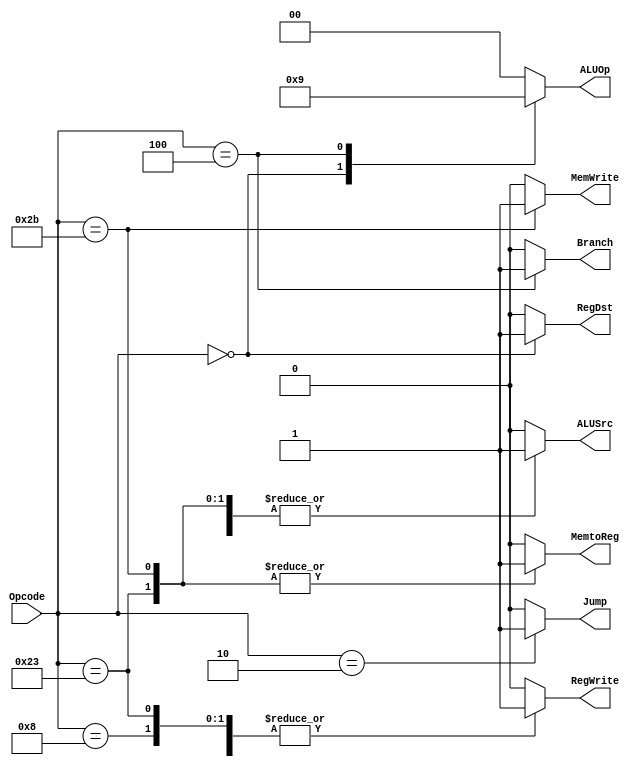
module control (
    
    input [5:0]  Opcode,
    output reg [1:0] ALUOp ,
    output reg MemtoReg,MemWrite,Branch,ALUSrc,RegDst,RegWrite,Jump

);
   always @(*)
      begin
         case (Opcode)
            6'b100011 :begin  //  LOAD WORD 
               
                Jump     = 0 ;
                ALUOp    = 00 ;
                MemWrite = 0 ;
                RegWrite = 1 ;
                RegDst   = 0 ;
                ALUSrc   = 1 ;
                MemtoReg = 1 ;
                Branch   = 0 ;
                   
                      end 

           6'b101011 : begin // STORE WORD 
                
                Jump     = 0 ;
                ALUOp    = 00 ;
                MemWrite = 1 ;
                RegWrite = 0 ;
                RegDst   = 0 ;
                ALUSrc   = 1 ;
                MemtoReg = 1 ;
                Branch   = 0 ;
                   
                     end

          6'b000000 : begin // r_Type instructions 

                Jump     = 0 ;
                ALUOp    = 10 ;
                MemWrite = 0 ;
                RegWrite = 1 ;
                RegDst   = 1 ;
                ALUSrc   = 0 ;
                MemtoReg = 0 ;
                Branch   = 0 ;

                     end    

           6'b001000 : begin // add Immediate 
                Jump     = 0 ;
                ALUOp    = 00 ;
                MemWrite = 0 ;
                RegWrite = 1 ;
                RegDst   = 0 ;
                ALUSrc   = 1 ;
                MemtoReg = 0 ;
                Branch   = 0 ;
               
                     end

           6'b000100: begin // BEQ 
                Jump     = 0 ;
                ALUOp    = 01 ;
                MemWrite = 0 ;
                RegWrite = 0 ;
                RegDst   = 0 ;
                ALUSrc   = 0 ;
                MemtoReg = 0 ;
                Branch   = 1 ;
               
           end

           6'b000010: begin // Jump_inst
                Jump     = 1 ;
                ALUOp    = 00 ;
                MemWrite = 0 ;
                RegWrite = 0 ;
                RegDst   = 0 ;
                ALUSrc   = 0 ;
                MemtoReg = 0 ;
                Branch   = 0 ;
               
           end
                    
             default: begin // default case act as a reset to all the signals
                Jump     = 0 ;
                ALUOp    = 00 ;
                MemWrite = 0 ;
                RegWrite = 0 ;
                RegDst   = 0 ;
                ALUSrc   = 0 ;
                MemtoReg = 0 ;
                Branch   = 0 ;
            
           end 

         endcase
       
      end
endmodule